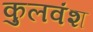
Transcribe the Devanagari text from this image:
कुलवंश